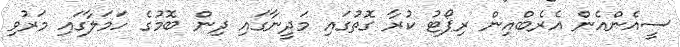
ސީއެންއެން އެރެބްއިން ރިޕޯޓު ކުރާ ގޮތުގައި މަދީނާގައި ދިން ބޮމުގެ ހަމަލާގައި މަރުވި